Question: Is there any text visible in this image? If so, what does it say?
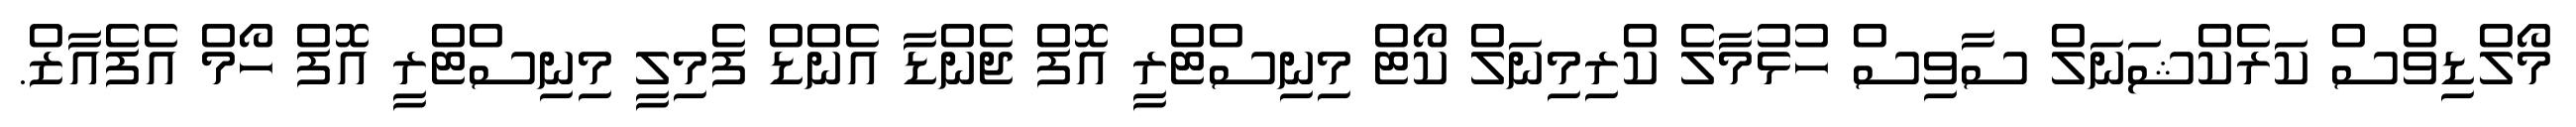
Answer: މޯލްޑިވްސް ކަރެކްޝަނަލް ސާވިސް ހުޅުމާލެ ކްރިމިނަލް ކޯޓް މިނިސްޓްރީ އޮފް ޖެންޑާ އެންޑް ފެމިލީ މިނިސްޓްރީ އޮފް ހޯމް އެފެއާޒް.